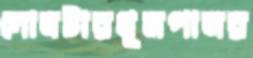
দোষটারধূমপানর